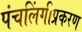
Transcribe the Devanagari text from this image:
पंचलिंगीप्रकरण